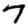
Digit: 7